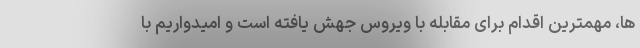
ها، مهمترین اقدام برای مقابله با ویروس جهش یافته است و امیدواریم با